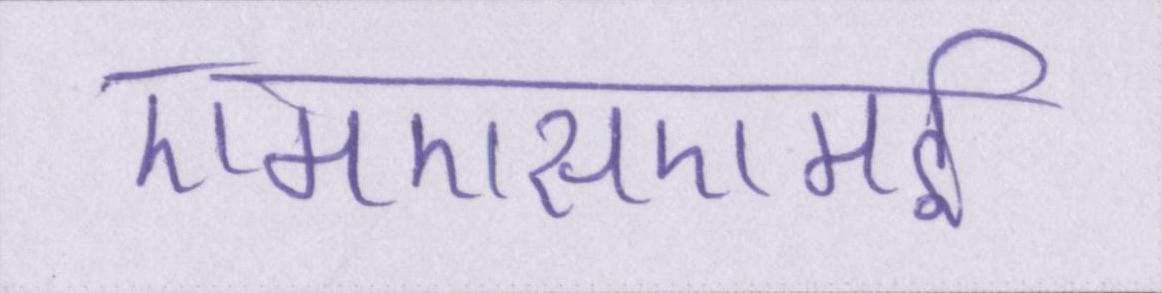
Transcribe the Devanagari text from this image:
एमएसएमई